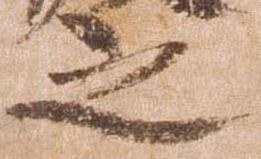
之